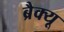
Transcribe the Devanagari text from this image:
ब्रैक्यू